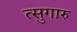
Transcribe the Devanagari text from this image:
त्सुगारु